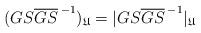
LaTeX: \begin{align*}(GS{\overline{GS}\,}^{-1})_\mathfrak{U}=|GS{\overline{GS}\,}^{-1}|_\mathfrak{U}\end{align*}